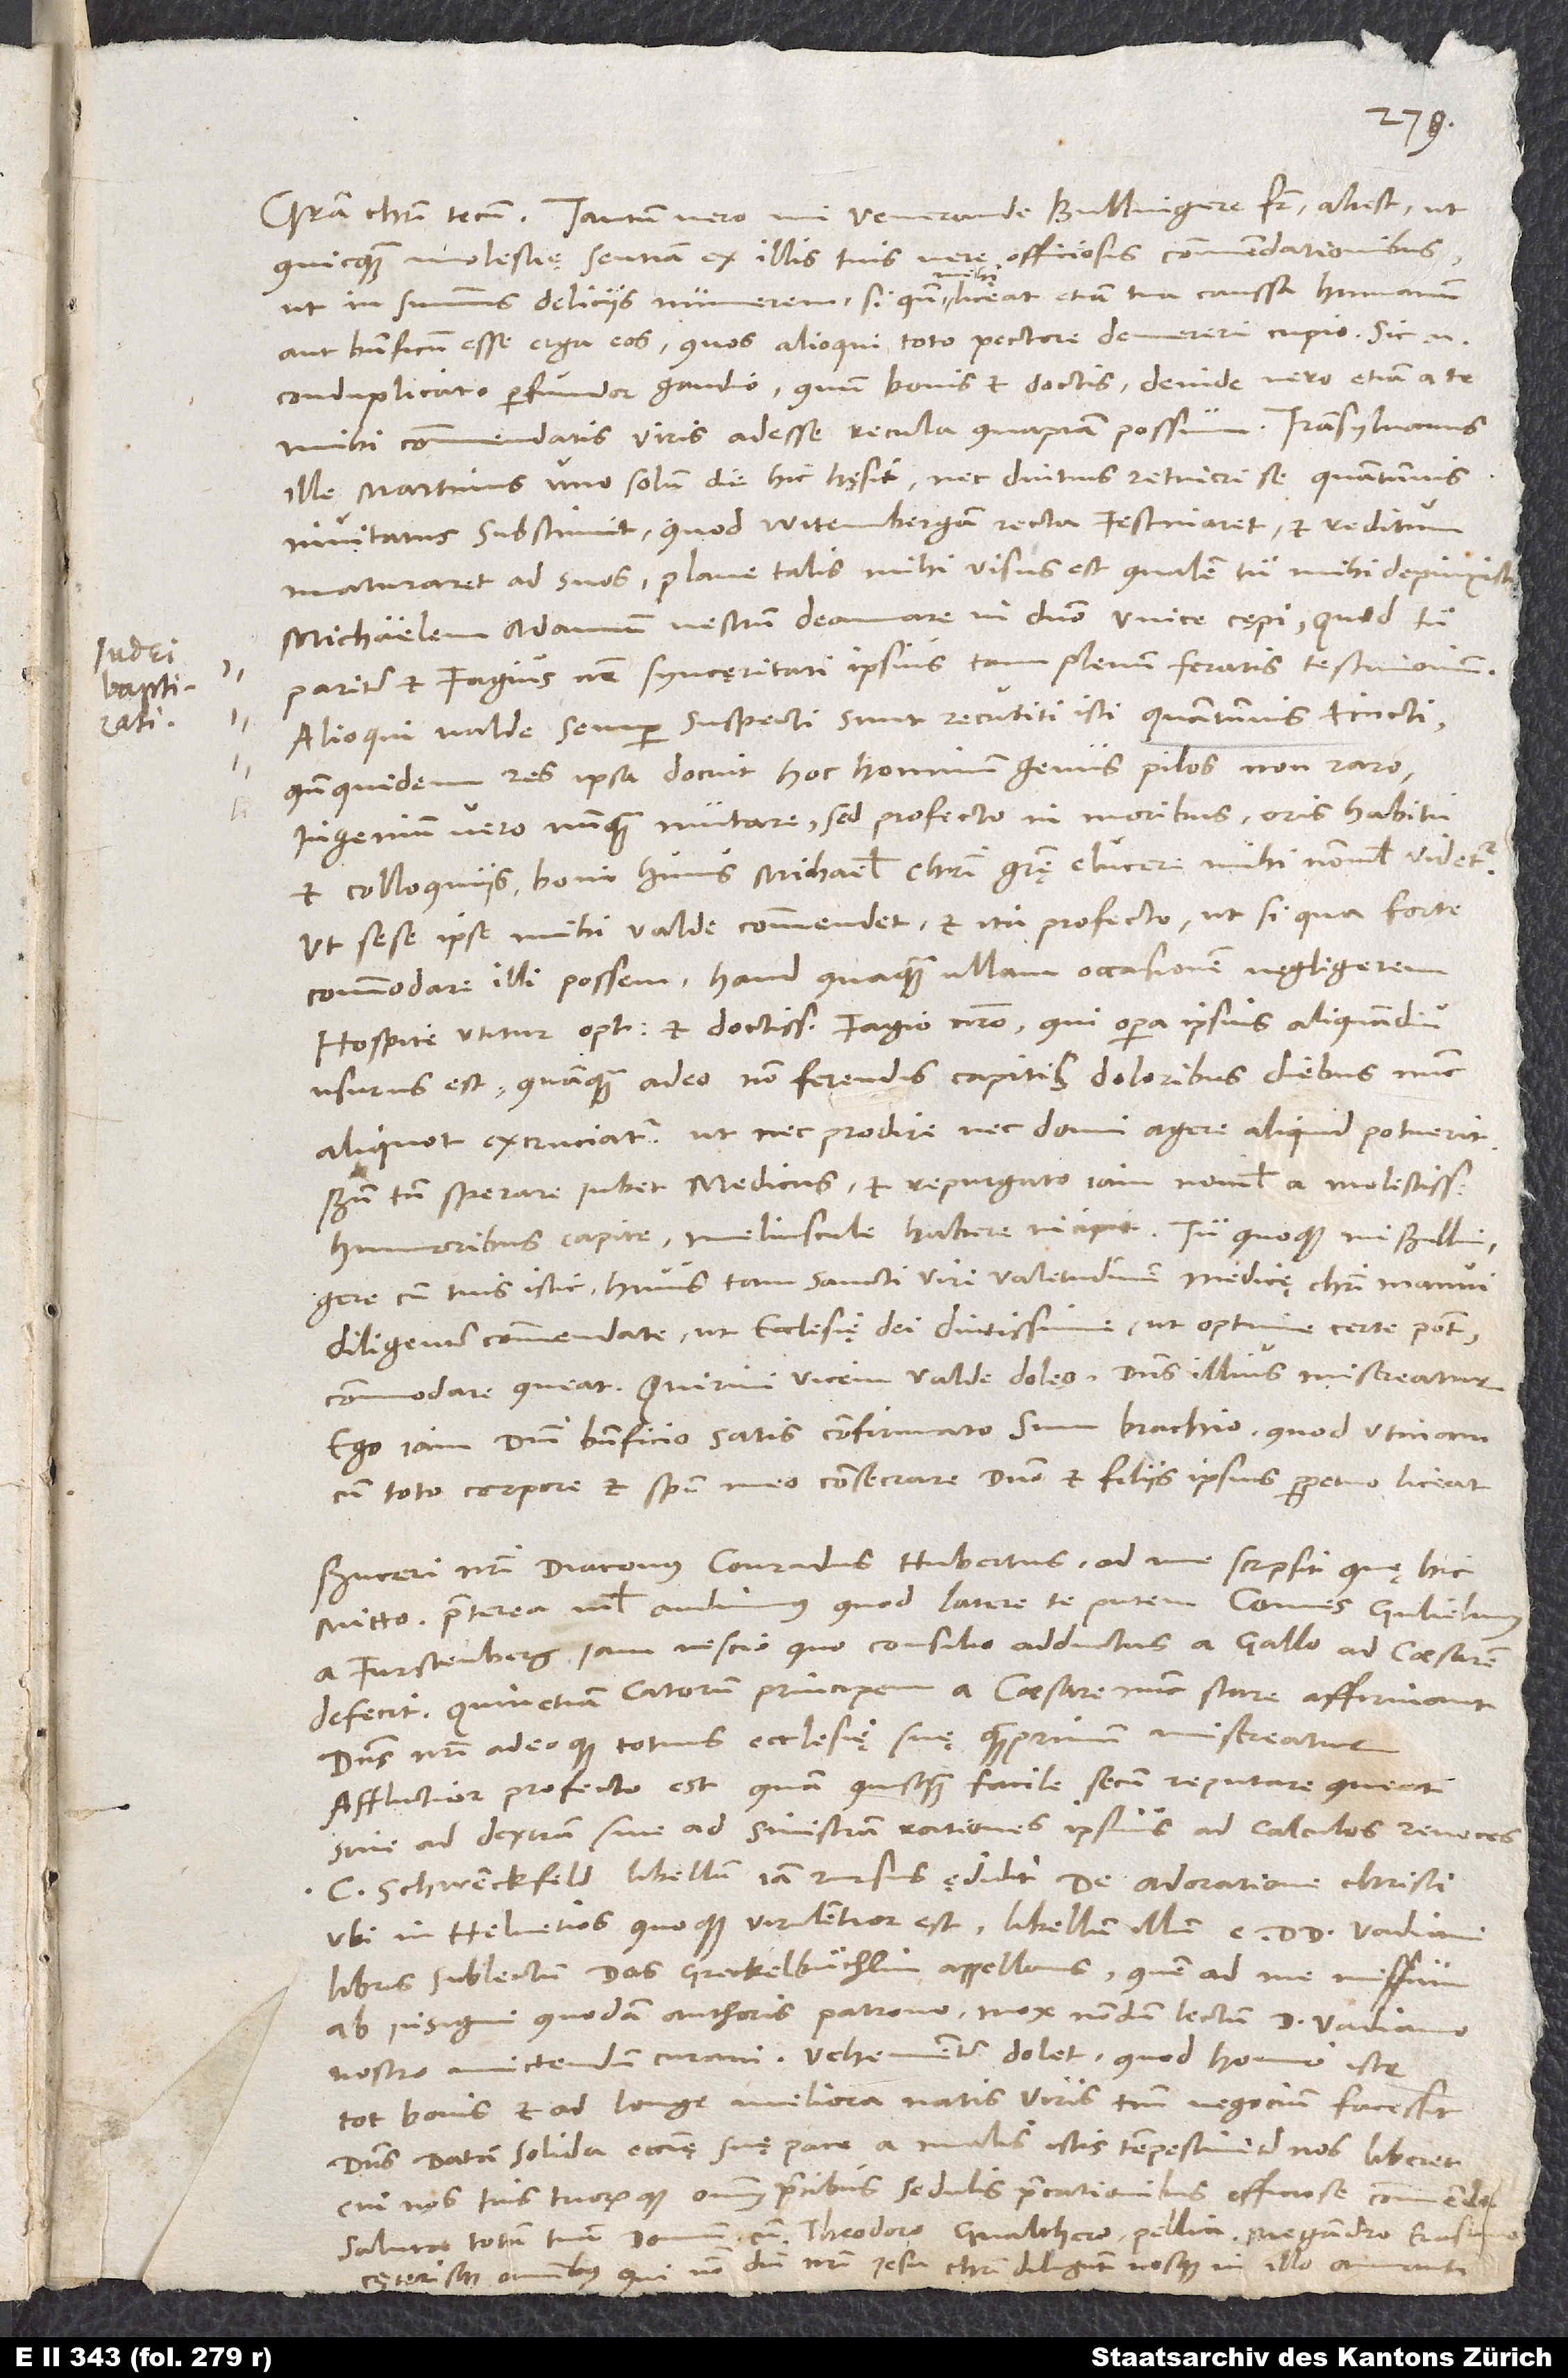
quicquam molestię sentiam ex illis tuis vere officiosis commendationibus,
ut in summis deliciis numerem, si quando mihi liceat etiam tua caussa humanum
aut beneficum esse erga eos, quos alioqui toto pectore demereri cupio. Sic enim
conduplicato perfundor gaudio, quum bonis et doctis, deinde vero etiam a te
mihi commendatis viris adesse recula quapiam possum.
ille Martinus uno solum die hic hęsit nec diutius retineri se quantumvis
invitatus substinuit, quod Witembergam recta festinaret et reditum
maturaret ad suos. Plane talis mihi visus est, qualem tu mihi depinxisti.
Michaelem Adamum vestrum deamare in domino unice cępi, quod tu
pariter et Fagius noster syncęritati ipsius tam plenum feratis testimonium.
Alioqui valde semper suspecti sunt recutiti isti quantumvis tincti,
quandoquidem res ipsa docuit hoc hominum genus pilos non raro,
ingenium vero nunquam mutare. Sed profecto in moribus, oris habitu
et colloquiis boni huius Michaelis Christi gratię elucere mihi nonnihil videtur,
ut sese ipse mihi valde commendet et ita profecto, ut, si qua forte
commodare illi possem, haud quaquam ullam occasionem negligerem.
Hospite utitur optimo et doctissimo Fagio nostro, qui opera ipsius aliquamdiu
usurus est, quanquam adeo non ferendis capitis doloribus diebus nunc
aliquot excruciatur, ut nec prodire nec domi agere aliquid potuerit.
Bene tamen sperare iubet medicus, et repurgato iam nonnihil a molestissimis
humoribus capite meliuscule habere incipit. Tu quoque, mi Bullingere,
cum tuis istic huius tam sancti viri valetudinem medicę Christi manui
diligenter commendate, ut ecclesię dei diutissime, ut optime certe potest,
Ego iam domini beneficio satis confirmato sum brachio, quod utinam
cum toto corpore et spiritu meo consecrare domino et filiis ipsius perpetuo liceat!
Buceri nostri diaconus, Conradus Hubertus, ad me scripsit, quę hic
mitto. Praeterea nihil audimus, quod latere te putem. Comes Gulielmus
a Furstenberg iam nescio quo consilio adductus a Gallo ad caesarem
defecit, quin etiam Catorum principem a caesare nunc stare affirmant.
Dominus nostri adeoque totius ecclesię suę quamprimum misereatur!
Afflictior profecto est, quam quisquam facile secum reputare queat,
sive ad dextram sive ad sinistram rationes ipsius ad calculos revoces.
libris sublectum „das Greckelbuͤchlin“ appellans, quem ad me missum
ab insigni quodam authoris patrono mox nondum lectum d. Vadiano
nostro mittendum curavi. Vehementer dolet, quod homo iste
tot bonis et ad longe meliora natis viris tantum negocium facessit.
Dominus data solida ecclesię suę pace a malis istis tempestiviter nos liberet!
Cui nos tuis tuorumque omnium precibus sedulis precationibus officiose commenda.
Saluta totam tuam domum cum Theodoro, Gvalthero, Pellicano, Megandro, Erasmo
cęterisque omnibus, qui nomen domini nostri Iesu Christi diligunt nosque in illo amant.